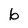
Character: 6